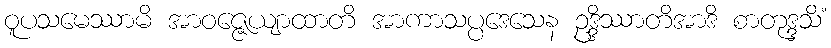
ဝူပသမေဿာမိ အာဝဇ္ဇေယျာထာတိ အာကာသပ္ပဒေသေန ဥဒ္ဒိဿာတိအာဒိ စာတုဒ္ဒသိံ